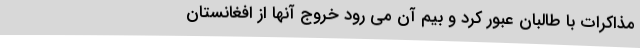
مذاکرات با طالبان عبور کرد و بیم آن می رود خروج آنها از افغانستان